Report of the Indian Hemp Drugs Commission, 1894-1895 - Volume II
Year: 1894
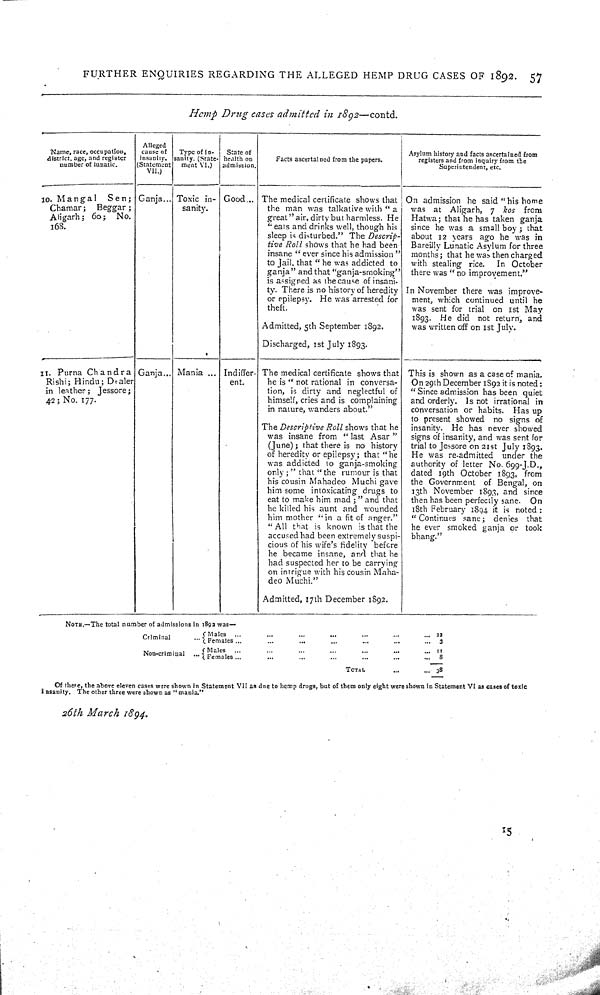
FURTHER ENQUIRIES REGARDING THE ALLEGED HEMP DRUG CASES OF 1892.
57
Hemp
Drug
cases
admitted
in 1892—contd.
Name, race, occupation,
district, age, and register
number of lunatic.
Alleged
cause of
insanity.
(Statement
VII.)
Type of in-
sanity. (State-
ment VI.)
State of
health on
admission.
Facts ascertained from the papers.
Asylum history and facts ascertained from
registers and from inquiry from the
Superintendent, etc.
Name, race, occupation,
district, age, and register
number of lunatic.
Alleged
cause of
insanity.
(Statement
VII.)
Type of in-
sanity. (State-
ment VI.)
State of
health on
admission.
Facts ascertained from the papers.
Asylum history and facts ascertained from
registers and from inquiry from the
Superintendent, etc.
Name, race, occupation,
district, age, and register
number of lunatic.
Alleged
cause of
insanity.
(Statement
VII.)
Type of in-
sanity. (State-
ment VI.)
State of
health on
admission.
Facts ascertained from the papers.
Asylum history and facts ascertained from
registers and from inquiry from the
Superintendent, etc.
Name, race, occupation,
district, age, and register
number of lunatic.
Alleged
cause of
insanity.
(Statement
VII.)
Type of in-
sanity. (State-
ment VI.)
State of
health on
admission.
Facts ascertained from the papers.
Asylum history and facts ascertained from
registers and from inquiry from the
Superintendent, etc.
10. Mangal
Sen;
Chamar;
Beggar;
Aligarh; 60;
No.
168.
Ganja
Toxic in-
sanity.
Good
The medical certificate shows that
the man was talkative with "a
great " air, dirty but harmless. He
"eats and drinks well, though his
sleep is disturbed." The
Descrip-
tive Roll shows that he had been
insane "ever since his admission"
to Jail, that "he was addicted to
ganja" and that "ganja-smoking"
is assigned as the cause of insani-
ty. There is no history of heredity
or epilepsy. He was "arrested for
theft.
Admitted, 5th September 1892.
Discharged, 1st July 1893.
On admission he said "his home
was
at
Aligarh, 7
kos
from
Hatwa; that he has taken ganja
since he was a small boy; that
about 12 years ago he was in
Bareilly Lunatic Asylum for three
months; that he was then charged
with stealing rice.
In
October
there was "no improvement."
In November there was improve-
ment, which continued until he
was sent for trial
on 1st May
1893.
He did
not return, and
was written off on 1st July.
10. Mangal
Sen;
Chamar;
Beggar;
Aligarh; 60;
No.
168.
Ganja
Toxic in-
sanity.
Good
The medical certificate shows that
the man was talkative with "a
great " air, dirty but harmless. He
"eats and drinks well, though his
sleep is disturbed." The
Descrip-
tive Roll shows that he had been
insane "ever since his admission"
to Jail, that "he was addicted to
ganja" and that "ganja-smoking"
is assigned as the cause of insani-
ty. There is no history of heredity
or epilepsy. He was "arrested for
theft.
Admitted, 5th September 1892.
Discharged, 1st July 1893.
On admission he said "his home
was
at
Aligarh, 7
kos
from
Hatwa; that he has taken ganja
since he was a small boy; that
about 12 years ago he was in
Bareilly Lunatic Asylum for three
months; that he was then charged
with stealing rice.
In
October
there was "no improvement."
In November there was improve-
ment, which continued until he
was sent for trial
on 1st May
1893.
He did
not return, and
was written off on 1st July.
10. Mangal
Sen;
Chamar;
Beggar;
Aligarh; 60;
No.
168.
Ganja
Toxic in-
sanity.
Good
The medical certificate shows that
the man was talkative with "a
great " air, dirty but harmless. He
"eats and drinks well, though his
sleep is disturbed." The
Descrip-
tive Roll shows that he had been
insane "ever since his admission"
to Jail, that "he was addicted to
ganja" and that "ganja-smoking"
is assigned as the cause of insani-
ty. There is no history of heredity
or epilepsy. He was "arrested for
theft.
Admitted, 5th September 1892.
Discharged, 1st July 1893.
On admission he said "his home
was
at
Aligarh, 7
kos
from
Hatwa; that he has taken ganja
since he was a small boy; that
about 12 years ago he was in
Bareilly Lunatic Asylum for three
months; that he was then charged
with stealing rice.
In
October
there was "no improvement."
In November there was improve-
ment, which continued until he
was sent for trial
on 1st May
1893.
He did
not return, and
was written off on 1st July.
10. Mangal
Sen;
Chamar;
Beggar;
Aligarh; 60;
No.
168.
Ganja
Toxic in-
sanity.
Good
The medical certificate shows that
the man was talkative with "a
great " air, dirty but harmless. He
"eats and drinks well, though his
sleep is disturbed." The
Descrip-
tive Roll shows that he had been
insane "ever since his admission"
to Jail, that "he was addicted to
ganja" and that "ganja-smoking"
is assigned as the cause of insani-
ty. There is no history of heredity
or epilepsy. He was "arrested for
theft.
Admitted, 5th September 1892.
Discharged, 1st July 1893.
On admission he said "his home
was
at
Aligarh, 7
kos
from
Hatwa; that he has taken ganja
since he was a small boy; that
about 12 years ago he was in
Bareilly Lunatic Asylum for three
months; that he was then charged
with stealing rice.
In
October
there was "no improvement."
In November there was improve-
ment, which continued until he
was sent for trial
on 1st May
1893.
He did
not return, and
was written off on 1st July.
10. Mangal
Sen;
Chamar;
Beggar;
Aligarh; 60;
No.
168.
Ganja
Toxic in-
sanity.
Good
The medical certificate shows that
the man was talkative with "a
great " air, dirty but harmless. He
"eats and drinks well, though his
sleep is disturbed." The
Descrip-
tive Roll shows that he had been
insane "ever since his admission"
to Jail, that "he was addicted to
ganja" and that "ganja-smoking"
is assigned as the cause of insani-
ty. There is no history of heredity
or epilepsy. He was "arrested for
theft.
Admitted, 5th September 1892.
Discharged, 1st July 1893.
On admission he said "his home
was
at
Aligarh, 7
kos
from
Hatwa; that he has taken ganja
since he was a small boy; that
about 12 years ago he was in
Bareilly Lunatic Asylum for three
months; that he was then charged
with stealing rice.
In
October
there was "no improvement."
In November there was improve-
ment, which continued until he
was sent for trial
on 1st May
1893.
He did
not return, and
was written off on 1st July.
10. Mangal
Sen;
Chamar;
Beggar;
Aligarh; 60;
No.
168.
Ganja
Toxic in-
sanity.
Good
The medical certificate shows that
the man was talkative with "a
great " air, dirty but harmless. He
"eats and drinks well, though his
sleep is disturbed." The
Descrip-
tive Roll shows that he had been
insane "ever since his admission"
to Jail, that "he was addicted to
ganja" and that "ganja-smoking"
is assigned as the cause of insani-
ty. There is no history of heredity
or epilepsy. He was "arrested for
theft.
Admitted, 5th September 1892.
Discharged, 1st July 1893.
On admission he said "his home
was
at
Aligarh, 7
kos
from
Hatwa; that he has taken ganja
since he was a small boy; that
about 12 years ago he was in
Bareilly Lunatic Asylum for three
months; that he was then charged
with stealing rice.
In
October
there was "no improvement."
In November there was improve-
ment, which continued until he
was sent for trial
on 1st May
1893.
He did
not return, and
was written off on 1st July.
10. Mangal
Sen;
Chamar;
Beggar;
Aligarh; 60;
No.
168.
Ganja
Toxic in-
sanity.
Good
The medical certificate shows that
the man was talkative with "a
great " air, dirty but harmless. He
"eats and drinks well, though his
sleep is disturbed." The
Descrip-
tive Roll shows that he had been
insane "ever since his admission"
to Jail, that "he was addicted to
ganja" and that "ganja-smoking"
is assigned as the cause of insani-
ty. There is no history of heredity
or epilepsy. He was "arrested for
theft.
Admitted, 5th September 1892.
Discharged, 1st July 1893.
On admission he said "his home
was
at
Aligarh, 7
kos
from
Hatwa; that he has taken ganja
since he was a small boy; that
about 12 years ago he was in
Bareilly Lunatic Asylum for three
months; that he was then charged
with stealing rice.
In
October
there was "no improvement."
In November there was improve-
ment, which continued until he
was sent for trial
on 1st May
1893.
He did
not return, and
was written off on 1st July.
10. Mangal
Sen;
Chamar;
Beggar;
Aligarh; 60;
No.
168.
Ganja
Toxic in-
sanity.
Good
The medical certificate shows that
the man was talkative with "a
great " air, dirty but harmless. He
"eats and drinks well, though his
sleep is disturbed." The
Descrip-
tive Roll shows that he had been
insane "ever since his admission"
to Jail, that "he was addicted to
ganja" and that "ganja-smoking"
is assigned as the cause of insani-
ty. There is no history of heredity
or epilepsy. He was "arrested for
theft.
Admitted, 5th September 1892.
Discharged, 1st July 1893.
On admission he said "his home
was
at
Aligarh, 7
kos
from
Hatwa; that he has taken ganja
since he was a small boy; that
about 12 years ago he was in
Bareilly Lunatic Asylum for three
months; that he was then charged
with stealing rice.
In
October
there was "no improvement."
In November there was improve-
ment, which continued until he
was sent for trial
on 1st May
1893.
He did
not return, and
was written off on 1st July.
10. Mangal
Sen;
Chamar;
Beggar;
Aligarh; 60;
No.
168.
Ganja
Toxic in-
sanity.
Good
The medical certificate shows that
the man was talkative with "a
great " air, dirty but harmless. He
"eats and drinks well, though his
sleep is disturbed." The
Descrip-
tive Roll shows that he had been
insane "ever since his admission"
to Jail, that "he was addicted to
ganja" and that "ganja-smoking"
is assigned as the cause of insani-
ty. There is no history of heredity
or epilepsy. He was "arrested for
theft.
Admitted, 5th September 1892.
Discharged, 1st July 1893.
On admission he said "his home
was
at
Aligarh, 7
kos
from
Hatwa; that he has taken ganja
since he was a small boy; that
about 12 years ago he was in
Bareilly Lunatic Asylum for three
months; that he was then charged
with stealing rice.
In
October
there was "no improvement."
In November there was improve-
ment, which continued until he
was sent for trial
on 1st May
1893.
He did
not return, and
was written off on 1st July.
10. Mangal
Sen;
Chamar;
Beggar;
Aligarh; 60;
No.
168.
Ganja
Toxic in-
sanity.
Good
The medical certificate shows that
the man was talkative with "a
great " air, dirty but harmless. He
"eats and drinks well, though his
sleep is disturbed." The
Descrip-
tive Roll shows that he had been
insane "ever since his admission"
to Jail, that "he was addicted to
ganja" and that "ganja-smoking"
is assigned as the cause of insani-
ty. There is no history of heredity
or epilepsy. He was "arrested for
theft.
Admitted, 5th September 1892.
Discharged, 1st July 1893.
On admission he said "his home
was
at
Aligarh, 7
kos
from
Hatwa; that he has taken ganja
since he was a small boy; that
about 12 years ago he was in
Bareilly Lunatic Asylum for three
months; that he was then charged
with stealing rice.
In
October
there was "no improvement."
In November there was improve-
ment, which continued until he
was sent for trial
on 1st May
1893.
He did
not return, and
was written off on 1st July.
10. Mangal
Sen;
Chamar;
Beggar;
Aligarh; 60;
No.
168.
Ganja
Toxic in-
sanity.
Good
The medical certificate shows that
the man was talkative with "a
great " air, dirty but harmless. He
"eats and drinks well, though his
sleep is disturbed." The
Descrip-
tive Roll shows that he had been
insane "ever since his admission"
to Jail, that "he was addicted to
ganja" and that "ganja-smoking"
is assigned as the cause of insani-
ty. There is no history of heredity
or epilepsy. He was "arrested for
theft.
Admitted, 5th September 1892.
Discharged, 1st July 1893.
On admission he said "his home
was
at
Aligarh, 7
kos
from
Hatwa; that he has taken ganja
since he was a small boy; that
about 12 years ago he was in
Bareilly Lunatic Asylum for three
months; that he was then charged
with stealing rice.
In
October
there was "no improvement."
In November there was improve-
ment, which continued until he
was sent for trial
on 1st May
1893.
He did
not return, and
was written off on 1st July.
10. Mangal
Sen;
Chamar;
Beggar;
Aligarh; 60;
No.
168.
Ganja
Toxic in-
sanity.
Good
The medical certificate shows that
the man was talkative with "a
great " air, dirty but harmless. He
"eats and drinks well, though his
sleep is disturbed." The
Descrip-
tive Roll shows that he had been
insane "ever since his admission"
to Jail, that "he was addicted to
ganja" and that "ganja-smoking"
is assigned as the cause of insani-
ty. There is no history of heredity
or epilepsy. He was "arrested for
theft.
Admitted, 5th September 1892.
Discharged, 1st July 1893.
On admission he said "his home
was
at
Aligarh, 7
kos
from
Hatwa; that he has taken ganja
since he was a small boy; that
about 12 years ago he was in
Bareilly Lunatic Asylum for three
months; that he was then charged
with stealing rice.
In
October
there was "no improvement."
In November there was improve-
ment, which continued until he
was sent for trial
on 1st May
1893.
He did
not return, and
was written off on 1st July.
10. Mangal
Sen;
Chamar;
Beggar;
Aligarh; 60;
No.
168.
Ganja
Toxic in-
sanity.
Good
The medical certificate shows that
the man was talkative with "a
great " air, dirty but harmless. He
"eats and drinks well, though his
sleep is disturbed." The
Descrip-
tive Roll shows that he had been
insane "ever since his admission"
to Jail, that "he was addicted to
ganja" and that "ganja-smoking"
is assigned as the cause of insani-
ty. There is no history of heredity
or epilepsy. He was "arrested for
theft.
Admitted, 5th September 1892.
Discharged, 1st July 1893.
On admission he said "his home
was
at
Aligarh, 7
kos
from
Hatwa; that he has taken ganja
since he was a small boy; that
about 12 years ago he was in
Bareilly Lunatic Asylum for three
months; that he was then charged
with stealing rice.
In
October
there was "no improvement."
In November there was improve-
ment, which continued until he
was sent for trial
on 1st May
1893.
He did
not return, and
was written off on 1st July.
10. Mangal
Sen;
Chamar;
Beggar;
Aligarh; 60;
No.
168.
Ganja
Toxic in-
sanity.
Good
The medical certificate shows that
the man was talkative with "a
great " air, dirty but harmless. He
"eats and drinks well, though his
sleep is disturbed." The
Descrip-
tive Roll shows that he had been
insane "ever since his admission"
to Jail, that "he was addicted to
ganja" and that "ganja-smoking"
is assigned as the cause of insani-
ty. There is no history of heredity
or epilepsy. He was "arrested for
theft.
Admitted, 5th September 1892.
Discharged, 1st July 1893.
On admission he said "his home
was
at
Aligarh, 7
kos
from
Hatwa; that he has taken ganja
since he was a small boy; that
about 12 years ago he was in
Bareilly Lunatic Asylum for three
months; that he was then charged
with stealing rice.
In
October
there was "no improvement."
In November there was improve-
ment, which continued until he
was sent for trial
on 1st May
1893.
He did
not return, and
was written off on 1st July.
10. Mangal
Sen;
Chamar;
Beggar;
Aligarh; 60;
No.
168.
Ganja
Toxic in-
sanity.
Good
The medical certificate shows that
the man was talkative with "a
great " air, dirty but harmless. He
"eats and drinks well, though his
sleep is disturbed." The
Descrip-
tive Roll shows that he had been
insane "ever since his admission"
to Jail, that "he was addicted to
ganja" and that "ganja-smoking"
is assigned as the cause of insani-
ty. There is no history of heredity
or epilepsy. He was "arrested for
theft.
Admitted, 5th September 1892.
Discharged, 1st July 1893.
On admission he said "his home
was
at
Aligarh, 7
kos
from
Hatwa; that he has taken ganja
since he was a small boy; that
about 12 years ago he was in
Bareilly Lunatic Asylum for three
months; that he was then charged
with stealing rice.
In
October
there was "no improvement."
In November there was improve-
ment, which continued until he
was sent for trial
on 1st May
1893.
He did
not return, and
was written off on 1st July.
10. Mangal
Sen;
Chamar;
Beggar;
Aligarh; 60;
No.
168.
Ganja
Toxic in-
sanity.
Good
The medical certificate shows that
the man was talkative with "a
great " air, dirty but harmless. He
"eats and drinks well, though his
sleep is disturbed." The
Descrip-
tive Roll shows that he had been
insane "ever since his admission"
to Jail, that "he was addicted to
ganja" and that "ganja-smoking"
is assigned as the cause of insani-
ty. There is no history of heredity
or epilepsy. He was "arrested for
theft.
Admitted, 5th September 1892.
Discharged, 1st July 1893.
On admission he said "his home
was
at
Aligarh, 7
kos
from
Hatwa; that he has taken ganja
since he was a small boy; that
about 12 years ago he was in
Bareilly Lunatic Asylum for three
months; that he was then charged
with stealing rice.
In
October
there was "no improvement."
In November there was improve-
ment, which continued until he
was sent for trial
on 1st May
1893.
He did
not return, and
was written off on 1st July.
11. Purna
Chandra
Rishi; Hindu; Dealer
in leather;
Jessore;
42; No. 177.
Ganja
Mania
Indiffer-
ent.
The medical certificate shows that
he is "not rational in conversa-
tion, is dirty and neglectful of
himself, cries and is complaining
in nature, wanders about."
The Descriptive
Roll shows that he
was insane from "last
Asar"
(June); that there is no history
of heredity or epilepsy; that "he
was addicted to ganja-smoking
only;" that "the rumour is that
his cousin Mahadeo Muchi gave
him some intoxicating drugs to
eat to make him mad;" and that
he killed his aunt and
wounded
him mother "in a fit of anger."
"All that is known is that the
accused had been extremely suspi-
cious of his wife's fidelity before
he became insane, and that he
had suspected her to be carrying
on intrigue with his cousin Maha-
deo Muchi."
Admitted, 17th December 1892.
This is shown as a case of mania.
On 29th December 1892 it is noted:
"Since admission has been quiet
and orderly.
Is not irrational in
conversation or habits.
Has up
to present showed
no signs of
insanity.
He has never showed
signs of insanity, and was sent for
trial to Jessore on 21st July 1893.
He was re-admitted
under the
authority of letter No. 699-J.D.,
dated 19th October 1893, from
the Government
of Bengal, on
13th November 1893, and since
then has been perfectly sane.
On
18th February 1894 it is noted:
"Continues sane;
denies
that
he ever smoked ganja or
took
bhang."
11. Purna
Chandra
Rishi; Hindu; Dealer
in leather;
Jessore;
42; No. 177.
Ganja
Mania
Indiffer-
ent.
The medical certificate shows that
he is "not rational in conversa-
tion, is dirty and neglectful of
himself, cries and is complaining
in nature, wanders about."
The Descriptive
Roll shows that he
was insane from "last
Asar"
(June); that there is no history
of heredity or epilepsy; that "he
was addicted to ganja-smoking
only;" that "the rumour is that
his cousin Mahadeo Muchi gave
him some intoxicating drugs to
eat to make him mad;" and that
he killed his aunt and
wounded
him mother "in a fit of anger."
"All that is known is that the
accused had been extremely suspi-
cious of his wife's fidelity before
he became insane, and that he
had suspected her to be carrying
on intrigue with his cousin Maha-
deo Muchi."
Admitted, 17th December 1892.
This is shown as a case of mania.
On 29th December 1892 it is noted:
"Since admission has been quiet
and orderly.
Is not irrational in
conversation or habits.
Has up
to present showed
no signs of
insanity.
He has never showed
signs of insanity, and was sent for
trial to Jessore on 21st July 1893.
He was re-admitted
under the
authority of letter No. 699-J.D.,
dated 19th October 1893, from
the Government
of Bengal, on
13th November 1893, and since
then has been perfectly sane.
On
18th February 1894 it is noted:
"Continues sane;
denies
that
he ever smoked ganja or
took
bhang."
11. Purna
Chandra
Rishi; Hindu; Dealer
in leather;
Jessore;
42; No. 177.
Ganja
Mania
Indiffer-
ent.
The medical certificate shows that
he is "not rational in conversa-
tion, is dirty and neglectful of
himself, cries and is complaining
in nature, wanders about."
The Descriptive
Roll shows that he
was insane from "last
Asar"
(June); that there is no history
of heredity or epilepsy; that "he
was addicted to ganja-smoking
only;" that "the rumour is that
his cousin Mahadeo Muchi gave
him some intoxicating drugs to
eat to make him mad;" and that
he killed his aunt and
wounded
him mother "in a fit of anger."
"All that is known is that the
accused had been extremely suspi-
cious of his wife's fidelity before
he became insane, and that he
had suspected her to be carrying
on intrigue with his cousin Maha-
deo Muchi."
Admitted, 17th December 1892.
This is shown as a case of mania.
On 29th December 1892 it is noted:
"Since admission has been quiet
and orderly.
Is not irrational in
conversation or habits.
Has up
to present showed
no signs of
insanity.
He has never showed
signs of insanity, and was sent for
trial to Jessore on 21st July 1893.
He was re-admitted
under the
authority of letter No. 699-J.D.,
dated 19th October 1893, from
the Government
of Bengal, on
13th November 1893, and since
then has been perfectly sane.
On
18th February 1894 it is noted:
"Continues sane;
denies
that
he ever smoked ganja or
took
bhang."
11. Purna
Chandra
Rishi; Hindu; Dealer
in leather;
Jessore;
42; No. 177.
Ganja
Mania
Indiffer-
ent.
The medical certificate shows that
he is "not rational in conversa-
tion, is dirty and neglectful of
himself, cries and is complaining
in nature, wanders about."
The Descriptive
Roll shows that he
was insane from "last
Asar"
(June); that there is no history
of heredity or epilepsy; that "he
was addicted to ganja-smoking
only;" that "the rumour is that
his cousin Mahadeo Muchi gave
him some intoxicating drugs to
eat to make him mad;" and that
he killed his aunt and
wounded
him mother "in a fit of anger."
"All that is known is that the
accused had been extremely suspi-
cious of his wife's fidelity before
he became insane, and that he
had suspected her to be carrying
on intrigue with his cousin Maha-
deo Muchi."
Admitted, 17th December 1892.
This is shown as a case of mania.
On 29th December 1892 it is noted:
"Since admission has been quiet
and orderly.
Is not irrational in
conversation or habits.
Has up
to present showed
no signs of
insanity.
He has never showed
signs of insanity, and was sent for
trial to Jessore on 21st July 1893.
He was re-admitted
under the
authority of letter No. 699-J.D.,
dated 19th October 1893, from
the Government
of Bengal, on
13th November 1893, and since
then has been perfectly sane.
On
18th February 1894 it is noted:
"Continues sane;
denies
that
he ever smoked ganja or
took
bhang."
11. Purna
Chandra
Rishi; Hindu; Dealer
in leather;
Jessore;
42; No. 177.
Ganja
Mania
Indiffer-
ent.
The medical certificate shows that
he is "not rational in conversa-
tion, is dirty and neglectful of
himself, cries and is complaining
in nature, wanders about."
The Descriptive
Roll shows that he
was insane from "last
Asar"
(June); that there is no history
of heredity or epilepsy; that "he
was addicted to ganja-smoking
only;" that "the rumour is that
his cousin Mahadeo Muchi gave
him some intoxicating drugs to
eat to make him mad;" and that
he killed his aunt and
wounded
him mother "in a fit of anger."
"All that is known is that the
accused had been extremely suspi-
cious of his wife's fidelity before
he became insane, and that he
had suspected her to be carrying
on intrigue with his cousin Maha-
deo Muchi."
Admitted, 17th December 1892.
This is shown as a case of mania.
On 29th December 1892 it is noted:
"Since admission has been quiet
and orderly.
Is not irrational in
conversation or habits.
Has up
to present showed
no signs of
insanity.
He has never showed
signs of insanity, and was sent for
trial to Jessore on 21st July 1893.
He was re-admitted
under the
authority of letter No. 699-J.D.,
dated 19th October 1893, from
the Government
of Bengal, on
13th November 1893, and since
then has been perfectly sane.
On
18th February 1894 it is noted:
"Continues sane;
denies
that
he ever smoked ganja or
took
bhang."
11. Purna
Chandra
Rishi; Hindu; Dealer
in leather;
Jessore;
42; No. 177.
Ganja
Mania
Indiffer-
ent.
The medical certificate shows that
he is "not rational in conversa-
tion, is dirty and neglectful of
himself, cries and is complaining
in nature, wanders about."
The Descriptive
Roll shows that he
was insane from "last
Asar"
(June); that there is no history
of heredity or epilepsy; that "he
was addicted to ganja-smoking
only;" that "the rumour is that
his cousin Mahadeo Muchi gave
him some intoxicating drugs to
eat to make him mad;" and that
he killed his aunt and
wounded
him mother "in a fit of anger."
"All that is known is that the
accused had been extremely suspi-
cious of his wife's fidelity before
he became insane, and that he
had suspected her to be carrying
on intrigue with his cousin Maha-
deo Muchi."
Admitted, 17th December 1892.
This is shown as a case of mania.
On 29th December 1892 it is noted:
"Since admission has been quiet
and orderly.
Is not irrational in
conversation or habits.
Has up
to present showed
no signs of
insanity.
He has never showed
signs of insanity, and was sent for
trial to Jessore on 21st July 1893.
He was re-admitted
under the
authority of letter No. 699-J.D.,
dated 19th October 1893, from
the Government
of Bengal, on
13th November 1893, and since
then has been perfectly sane.
On
18th February 1894 it is noted:
"Continues sane;
denies
that
he ever smoked ganja or
took
bhang."
11. Purna
Chandra
Rishi; Hindu; Dealer
in leather;
Jessore;
42; No. 177.
Ganja
Mania
Indiffer-
ent.
The medical certificate shows that
he is "not rational in conversa-
tion, is dirty and neglectful of
himself, cries and is complaining
in nature, wanders about."
The Descriptive
Roll shows that he
was insane from "last
Asar"
(June); that there is no history
of heredity or epilepsy; that "he
was addicted to ganja-smoking
only;" that "the rumour is that
his cousin Mahadeo Muchi gave
him some intoxicating drugs to
eat to make him mad;" and that
he killed his aunt and
wounded
him mother "in a fit of anger."
"All that is known is that the
accused had been extremely suspi-
cious of his wife's fidelity before
he became insane, and that he
had suspected her to be carrying
on intrigue with his cousin Maha-
deo Muchi."
Admitted, 17th December 1892.
This is shown as a case of mania.
On 29th December 1892 it is noted:
"Since admission has been quiet
and orderly.
Is not irrational in
conversation or habits.
Has up
to present showed
no signs of
insanity.
He has never showed
signs of insanity, and was sent for
trial to Jessore on 21st July 1893.
He was re-admitted
under the
authority of letter No. 699-J.D.,
dated 19th October 1893, from
the Government
of Bengal, on
13th November 1893, and since
then has been perfectly sane.
On
18th February 1894 it is noted:
"Continues sane;
denies
that
he ever smoked ganja or
took
bhang."
11. Purna
Chandra
Rishi; Hindu; Dealer
in leather;
Jessore;
42; No. 177.
Ganja
Mania
Indiffer-
ent.
The medical certificate shows that
he is "not rational in conversa-
tion, is dirty and neglectful of
himself, cries and is complaining
in nature, wanders about."
The Descriptive
Roll shows that he
was insane from "last
Asar"
(June); that there is no history
of heredity or epilepsy; that "he
was addicted to ganja-smoking
only;" that "the rumour is that
his cousin Mahadeo Muchi gave
him some intoxicating drugs to
eat to make him mad;" and that
he killed his aunt and
wounded
him mother "in a fit of anger."
"All that is known is that the
accused had been extremely suspi-
cious of his wife's fidelity before
he became insane, and that he
had suspected her to be carrying
on intrigue with his cousin Maha-
deo Muchi."
Admitted, 17th December 1892.
This is shown as a case of mania.
On 29th December 1892 it is noted:
"Since admission has been quiet
and orderly.
Is not irrational in
conversation or habits.
Has up
to present showed
no signs of
insanity.
He has never showed
signs of insanity, and was sent for
trial to Jessore on 21st July 1893.
He was re-admitted
under the
authority of letter No. 699-J.D.,
dated 19th October 1893, from
the Government
of Bengal, on
13th November 1893, and since
then has been perfectly sane.
On
18th February 1894 it is noted:
"Continues sane;
denies
that
he ever smoked ganja or
took
bhang."
11. Purna
Chandra
Rishi; Hindu; Dealer
in leather;
Jessore;
42; No. 177.
Ganja
Mania
Indiffer-
ent.
The medical certificate shows that
he is "not rational in conversa-
tion, is dirty and neglectful of
himself, cries and is complaining
in nature, wanders about."
The Descriptive
Roll shows that he
was insane from "last
Asar"
(June); that there is no history
of heredity or epilepsy; that "he
was addicted to ganja-smoking
only;" that "the rumour is that
his cousin Mahadeo Muchi gave
him some intoxicating drugs to
eat to make him mad;" and that
he killed his aunt and
wounded
him mother "in a fit of anger."
"All that is known is that the
accused had been extremely suspi-
cious of his wife's fidelity before
he became insane, and that he
had suspected her to be carrying
on intrigue with his cousin Maha-
deo Muchi."
Admitted, 17th December 1892.
This is shown as a case of mania.
On 29th December 1892 it is noted:
"Since admission has been quiet
and orderly.
Is not irrational in
conversation or habits.
Has up
to present showed
no signs of
insanity.
He has never showed
signs of insanity, and was sent for
trial to Jessore on 21st July 1893.
He was re-admitted
under the
authority of letter No. 699-J.D.,
dated 19th October 1893, from
the Government
of Bengal, on
13th November 1893, and since
then has been perfectly sane.
On
18th February 1894 it is noted:
"Continues sane;
denies
that
he ever smoked ganja or
took
bhang."
11. Purna
Chandra
Rishi; Hindu; Dealer
in leather;
Jessore;
42; No. 177.
Ganja
Mania
Indiffer-
ent.
The medical certificate shows that
he is "not rational in conversa-
tion, is dirty and neglectful of
himself, cries and is complaining
in nature, wanders about."
The Descriptive
Roll shows that he
was insane from "last
Asar"
(June); that there is no history
of heredity or epilepsy; that "he
was addicted to ganja-smoking
only;" that "the rumour is that
his cousin Mahadeo Muchi gave
him some intoxicating drugs to
eat to make him mad;" and that
he killed his aunt and
wounded
him mother "in a fit of anger."
"All that is known is that the
accused had been extremely suspi-
cious of his wife's fidelity before
he became insane, and that he
had suspected her to be carrying
on intrigue with his cousin Maha-
deo Muchi."
Admitted, 17th December 1892.
This is shown as a case of mania.
On 29th December 1892 it is noted:
"Since admission has been quiet
and orderly.
Is not irrational in
conversation or habits.
Has up
to present showed
no signs of
insanity.
He has never showed
signs of insanity, and was sent for
trial to Jessore on 21st July 1893.
He was re-admitted
under the
authority of letter No. 699-J.D.,
dated 19th October 1893, from
the Government
of Bengal, on
13th November 1893, and since
then has been perfectly sane.
On
18th February 1894 it is noted:
"Continues sane;
denies
that
he ever smoked ganja or
took
bhang."
11. Purna
Chandra
Rishi; Hindu; Dealer
in leather;
Jessore;
42; No. 177.
Ganja
Mania
Indiffer-
ent.
The medical certificate shows that
he is "not rational in conversa-
tion, is dirty and neglectful of
himself, cries and is complaining
in nature, wanders about."
The Descriptive
Roll shows that he
was insane from "last
Asar"
(June); that there is no history
of heredity or epilepsy; that "he
was addicted to ganja-smoking
only;" that "the rumour is that
his cousin Mahadeo Muchi gave
him some intoxicating drugs to
eat to make him mad;" and that
he killed his aunt and
wounded
him mother "in a fit of anger."
"All that is known is that the
accused had been extremely suspi-
cious of his wife's fidelity before
he became insane, and that he
had suspected her to be carrying
on intrigue with his cousin Maha-
deo Muchi."
Admitted, 17th December 1892.
This is shown as a case of mania.
On 29th December 1892 it is noted:
"Since admission has been quiet
and orderly.
Is not irrational in
conversation or habits.
Has up
to present showed
no signs of
insanity.
He has never showed
signs of insanity, and was sent for
trial to Jessore on 21st July 1893.
He was re-admitted
under the
authority of letter No. 699-J.D.,
dated 19th October 1893, from
the Government
of Bengal, on
13th November 1893, and since
then has been perfectly sane.
On
18th February 1894 it is noted:
"Continues sane;
denies
that
he ever smoked ganja or
took
bhang."
11. Purna
Chandra
Rishi; Hindu; Dealer
in leather;
Jessore;
42; No. 177.
Ganja
Mania
Indiffer-
ent.
The medical certificate shows that
he is "not rational in conversa-
tion, is dirty and neglectful of
himself, cries and is complaining
in nature, wanders about."
The Descriptive
Roll shows that he
was insane from "last
Asar"
(June); that there is no history
of heredity or epilepsy; that "he
was addicted to ganja-smoking
only;" that "the rumour is that
his cousin Mahadeo Muchi gave
him some intoxicating drugs to
eat to make him mad;" and that
he killed his aunt and
wounded
him mother "in a fit of anger."
"All that is known is that the
accused had been extremely suspi-
cious of his wife's fidelity before
he became insane, and that he
had suspected her to be carrying
on intrigue with his cousin Maha-
deo Muchi."
Admitted, 17th December 1892.
This is shown as a case of mania.
On 29th December 1892 it is noted:
"Since admission has been quiet
and orderly.
Is not irrational in
conversation or habits.
Has up
to present showed
no signs of
insanity.
He has never showed
signs of insanity, and was sent for
trial to Jessore on 21st July 1893.
He was re-admitted
under the
authority of letter No. 699-J.D.,
dated 19th October 1893, from
the Government
of Bengal, on
13th November 1893, and since
then has been perfectly sane.
On
18th February 1894 it is noted:
"Continues sane;
denies
that
he ever smoked ganja or
took
bhang."
11. Purna
Chandra
Rishi; Hindu; Dealer
in leather;
Jessore;
42; No. 177.
Ganja
Mania
Indiffer-
ent.
The medical certificate shows that
he is "not rational in conversa-
tion, is dirty and neglectful of
himself, cries and is complaining
in nature, wanders about."
The Descriptive
Roll shows that he
was insane from "last
Asar"
(June); that there is no history
of heredity or epilepsy; that "he
was addicted to ganja-smoking
only;" that "the rumour is that
his cousin Mahadeo Muchi gave
him some intoxicating drugs to
eat to make him mad;" and that
he killed his aunt and
wounded
him mother "in a fit of anger."
"All that is known is that the
accused had been extremely suspi-
cious of his wife's fidelity before
he became insane, and that he
had suspected her to be carrying
on intrigue with his cousin Maha-
deo Muchi."
Admitted, 17th December 1892.
This is shown as a case of mania.
On 29th December 1892 it is noted:
"Since admission has been quiet
and orderly.
Is not irrational in
conversation or habits.
Has up
to present showed
no signs of
insanity.
He has never showed
signs of insanity, and was sent for
trial to Jessore on 21st July 1893.
He was re-admitted
under the
authority of letter No. 699-J.D.,
dated 19th October 1893, from
the Government
of Bengal, on
13th November 1893, and since
then has been perfectly sane.
On
18th February 1894 it is noted:
"Continues sane;
denies
that
he ever smoked ganja or
took
bhang."
11. Purna
Chandra
Rishi; Hindu; Dealer
in leather;
Jessore;
42; No. 177.
Ganja
Mania
Indiffer-
ent.
The medical certificate shows that
he is "not rational in conversa-
tion, is dirty and neglectful of
himself, cries and is complaining
in nature, wanders about."
The Descriptive
Roll shows that he
was insane from "last
Asar"
(June); that there is no history
of heredity or epilepsy; that "he
was addicted to ganja-smoking
only;" that "the rumour is that
his cousin Mahadeo Muchi gave
him some intoxicating drugs to
eat to make him mad;" and that
he killed his aunt and
wounded
him mother "in a fit of anger."
"All that is known is that the
accused had been extremely suspi-
cious of his wife's fidelity before
he became insane, and that he
had suspected her to be carrying
on intrigue with his cousin Maha-
deo Muchi."
Admitted, 17th December 1892.
This is shown as a case of mania.
On 29th December 1892 it is noted:
"Since admission has been quiet
and orderly.
Is not irrational in
conversation or habits.
Has up
to present showed
no signs of
insanity.
He has never showed
signs of insanity, and was sent for
trial to Jessore on 21st July 1893.
He was re-admitted
under the
authority of letter No. 699-J.D.,
dated 19th October 1893, from
the Government
of Bengal, on
13th November 1893, and since
then has been perfectly sane.
On
18th February 1894 it is noted:
"Continues sane;
denies
that
he ever smoked ganja or
took
bhang."
11. Purna
Chandra
Rishi; Hindu; Dealer
in leather;
Jessore;
42; No. 177.
Ganja
Mania
Indiffer-
ent.
The medical certificate shows that
he is "not rational in conversa-
tion, is dirty and neglectful of
himself, cries and is complaining
in nature, wanders about."
The Descriptive
Roll shows that he
was insane from "last
Asar"
(June); that there is no history
of heredity or epilepsy; that "he
was addicted to ganja-smoking
only;" that "the rumour is that
his cousin Mahadeo Muchi gave
him some intoxicating drugs to
eat to make him mad;" and that
he killed his aunt and
wounded
him mother "in a fit of anger."
"All that is known is that the
accused had been extremely suspi-
cious of his wife's fidelity before
he became insane, and that he
had suspected her to be carrying
on intrigue with his cousin Maha-
deo Muchi."
Admitted, 17th December 1892.
This is shown as a case of mania.
On 29th December 1892 it is noted:
"Since admission has been quiet
and orderly.
Is not irrational in
conversation or habits.
Has up
to present showed
no signs of
insanity.
He has never showed
signs of insanity, and was sent for
trial to Jessore on 21st July 1893.
He was re-admitted
under the
authority of letter No. 699-J.D.,
dated 19th October 1893, from
the Government
of Bengal, on
13th November 1893, and since
then has been perfectly sane.
On
18th February 1894 it is noted:
"Continues sane;
denies
that
he ever smoked ganja or
took
bhang."
11. Purna
Chandra
Rishi; Hindu; Dealer
in leather;
Jessore;
42; No. 177.
Ganja
Mania
Indiffer-
ent.
The medical certificate shows that
he is "not rational in conversa-
tion, is dirty and neglectful of
himself, cries and is complaining
in nature, wanders about."
The Descriptive
Roll shows that he
was insane from "last
Asar"
(June); that there is no history
of heredity or epilepsy; that "he
was addicted to ganja-smoking
only;" that "the rumour is that
his cousin Mahadeo Muchi gave
him some intoxicating drugs to
eat to make him mad;" and that
he killed his aunt and
wounded
him mother "in a fit of anger."
"All that is known is that the
accused had been extremely suspi-
cious of his wife's fidelity before
he became insane, and that he
had suspected her to be carrying
on intrigue with his cousin Maha-
deo Muchi."
Admitted, 17th December 1892.
This is shown as a case of mania.
On 29th December 1892 it is noted:
"Since admission has been quiet
and orderly.
Is not irrational in
conversation or habits.
Has up
to present showed
no signs of
insanity.
He has never showed
signs of insanity, and was sent for
trial to Jessore on 21st July 1893.
He was re-admitted
under the
authority of letter No. 699-J.D.,
dated 19th October 1893, from
the Government
of Bengal, on
13th November 1893, and since
then has been perfectly sane.
On
18th February 1894 it is noted:
"Continues sane;
denies
that
he ever smoked ganja or
took
bhang."
11. Purna
Chandra
Rishi; Hindu; Dealer
in leather;
Jessore;
42; No. 177.
Ganja
Mania
Indiffer-
ent.
The medical certificate shows that
he is "not rational in conversa-
tion, is dirty and neglectful of
himself, cries and is complaining
in nature, wanders about."
The Descriptive
Roll shows that he
was insane from "last
Asar"
(June); that there is no history
of heredity or epilepsy; that "he
was addicted to ganja-smoking
only;" that "the rumour is that
his cousin Mahadeo Muchi gave
him some intoxicating drugs to
eat to make him mad;" and that
he killed his aunt and
wounded
him mother "in a fit of anger."
"All that is known is that the
accused had been extremely suspi-
cious of his wife's fidelity before
he became insane, and that he
had suspected her to be carrying
on intrigue with his cousin Maha-
deo Muchi."
Admitted, 17th December 1892.
This is shown as a case of mania.
On 29th December 1892 it is noted:
"Since admission has been quiet
and orderly.
Is not irrational in
conversation or habits.
Has up
to present showed
no signs of
insanity.
He has never showed
signs of insanity, and was sent for
trial to Jessore on 21st July 1893.
He was re-admitted
under the
authority of letter No. 699-J.D.,
dated 19th October 1893, from
the Government
of Bengal, on
13th November 1893, and since
then has been perfectly sane.
On
18th February 1894 it is noted:
"Continues sane;
denies
that
he ever smoked ganja or
took
bhang."
11. Purna
Chandra
Rishi; Hindu; Dealer
in leather;
Jessore;
42; No. 177.
Ganja
Mania
Indiffer-
ent.
The medical certificate shows that
he is "not rational in conversa-
tion, is dirty and neglectful of
himself, cries and is complaining
in nature, wanders about."
The Descriptive
Roll shows that he
was insane from "last
Asar"
(June); that there is no history
of heredity or epilepsy; that "he
was addicted to ganja-smoking
only;" that "the rumour is that
his cousin Mahadeo Muchi gave
him some intoxicating drugs to
eat to make him mad;" and that
he killed his aunt and
wounded
him mother "in a fit of anger."
"All that is known is that the
accused had been extremely suspi-
cious of his wife's fidelity before
he became insane, and that he
had suspected her to be carrying
on intrigue with his cousin Maha-
deo Muchi."
Admitted, 17th December 1892.
This is shown as a case of mania.
On 29th December 1892 it is noted:
"Since admission has been quiet
and orderly.
Is not irrational in
conversation or habits.
Has up
to present showed
no signs of
insanity.
He has never showed
signs of insanity, and was sent for
trial to Jessore on 21st July 1893.
He was re-admitted
under the
authority of letter No. 699-J.D.,
dated 19th October 1893, from
the Government
of Bengal, on
13th November 1893, and since
then has been perfectly sane.
On
18th February 1894 it is noted:
"Continues sane;
denies
that
he ever smoked ganja or
took
bhang."
11. Purna
Chandra
Rishi; Hindu; Dealer
in leather;
Jessore;
42; No. 177.
Ganja
Mania
Indiffer-
ent.
The medical certificate shows that
he is "not rational in conversa-
tion, is dirty and neglectful of
himself, cries and is complaining
in nature, wanders about."
The Descriptive
Roll shows that he
was insane from "last
Asar"
(June); that there is no history
of heredity or epilepsy; that "he
was addicted to ganja-smoking
only;" that "the rumour is that
his cousin Mahadeo Muchi gave
him some intoxicating drugs to
eat to make him mad;" and that
he killed his aunt and
wounded
him mother "in a fit of anger."
"All that is known is that the
accused had been extremely suspi-
cious of his wife's fidelity before
he became insane, and that he
had suspected her to be carrying
on intrigue with his cousin Maha-
deo Muchi."
Admitted, 17th December 1892.
This is shown as a case of mania.
On 29th December 1892 it is noted:
"Since admission has been quiet
and orderly.
Is not irrational in
conversation or habits.
Has up
to present showed
no signs of
insanity.
He has never showed
signs of insanity, and was sent for
trial to Jessore on 21st July 1893.
He was re-admitted
under the
authority of letter No. 699-J.D.,
dated 19th October 1893, from
the Government
of Bengal, on
13th November 1893, and since
then has been perfectly sane.
On
18th February 1894 it is noted:
"Continues sane;
denies
that
he ever smoked ganja or
took
bhang."
11. Purna
Chandra
Rishi; Hindu; Dealer
in leather;
Jessore;
42; No. 177.
Ganja
Mania
Indiffer-
ent.
The medical certificate shows that
he is "not rational in conversa-
tion, is dirty and neglectful of
himself, cries and is complaining
in nature, wanders about."
The Descriptive
Roll shows that he
was insane from "last
Asar"
(June); that there is no history
of heredity or epilepsy; that "he
was addicted to ganja-smoking
only;" that "the rumour is that
his cousin Mahadeo Muchi gave
him some intoxicating drugs to
eat to make him mad;" and that
he killed his aunt and
wounded
him mother "in a fit of anger."
"All that is known is that the
accused had been extremely suspi-
cious of his wife's fidelity before
he became insane, and that he
had suspected her to be carrying
on intrigue with his cousin Maha-
deo Muchi."
Admitted, 17th December 1892.
This is shown as a case of mania.
On 29th December 1892 it is noted:
"Since admission has been quiet
and orderly.
Is not irrational in
conversation or habits.
Has up
to present showed
no signs of
insanity.
He has never showed
signs of insanity, and was sent for
trial to Jessore on 21st July 1893.
He was re-admitted
under the
authority of letter No. 699-J.D.,
dated 19th October 1893, from
the Government
of Bengal, on
13th November 1893, and since
then has been perfectly sane.
On
18th February 1894 it is noted:
"Continues sane;
denies
that
he ever smoked ganja or
took
bhang."
11. Purna
Chandra
Rishi; Hindu; Dealer
in leather;
Jessore;
42; No. 177.
Ganja
Mania
Indiffer-
ent.
The medical certificate shows that
he is "not rational in conversa-
tion, is dirty and neglectful of
himself, cries and is complaining
in nature, wanders about."
The Descriptive
Roll shows that he
was insane from "last
Asar"
(June); that there is no history
of heredity or epilepsy; that "he
was addicted to ganja-smoking
only;" that "the rumour is that
his cousin Mahadeo Muchi gave
him some intoxicating drugs to
eat to make him mad;" and that
he killed his aunt and
wounded
him mother "in a fit of anger."
"All that is known is that the
accused had been extremely suspi-
cious of his wife's fidelity before
he became insane, and that he
had suspected her to be carrying
on intrigue with his cousin Maha-
deo Muchi."
Admitted, 17th December 1892.
This is shown as a case of mania.
On 29th December 1892 it is noted:
"Since admission has been quiet
and orderly.
Is not irrational in
conversation or habits.
Has up
to present showed
no signs of
insanity.
He has never showed
signs of insanity, and was sent for
trial to Jessore on 21st July 1893.
He was re-admitted
under the
authority of letter No. 699-J.D.,
dated 19th October 1893, from
the Government
of Bengal, on
13th November 1893, and since
then has been perfectly sane.
On
18th February 1894 it is noted:
"Continues sane;
denies
that
he ever smoked ganja or
took
bhang."
11. Purna
Chandra
Rishi; Hindu; Dealer
in leather;
Jessore;
42; No. 177.
Ganja
Mania
Indiffer-
ent.
The medical certificate shows that
he is "not rational in conversa-
tion, is dirty and neglectful of
himself, cries and is complaining
in nature, wanders about."
The Descriptive
Roll shows that he
was insane from "last
Asar"
(June); that there is no history
of heredity or epilepsy; that "he
was addicted to ganja-smoking
only;" that "the rumour is that
his cousin Mahadeo Muchi gave
him some intoxicating drugs to
eat to make him mad;" and that
he killed his aunt and
wounded
him mother "in a fit of anger."
"All that is known is that the
accused had been extremely suspi-
cious of his wife's fidelity before
he became insane, and that he
had suspected her to be carrying
on intrigue with his cousin Maha-
deo Muchi."
Admitted, 17th December 1892.
This is shown as a case of mania.
On 29th December 1892 it is noted:
"Since admission has been quiet
and orderly.
Is not irrational in
conversation or habits.
Has up
to present showed
no signs of
insanity.
He has never showed
signs of insanity, and was sent for
trial to Jessore on 21st July 1893.
He was re-admitted
under the
authority of letter No. 699-J.D.,
dated 19th October 1893, from
the Government
of Bengal, on
13th November 1893, and since
then has been perfectly sane.
On
18th February 1894 it is noted:
"Continues sane;
denies
that
he ever smoked ganja or
took
bhang."
11. Purna
Chandra
Rishi; Hindu; Dealer
in leather;
Jessore;
42; No. 177.
Ganja
Mania
Indiffer-
ent.
The medical certificate shows that
he is "not rational in conversa-
tion, is dirty and neglectful of
himself, cries and is complaining
in nature, wanders about."
The Descriptive
Roll shows that he
was insane from "last
Asar"
(June); that there is no history
of heredity or epilepsy; that "he
was addicted to ganja-smoking
only;" that "the rumour is that
his cousin Mahadeo Muchi gave
him some intoxicating drugs to
eat to make him mad;" and that
he killed his aunt and
wounded
him mother "in a fit of anger."
"All that is known is that the
accused had been extremely suspi-
cious of his wife's fidelity before
he became insane, and that he
had suspected her to be carrying
on intrigue with his cousin Maha-
deo Muchi."
Admitted, 17th December 1892.
This is shown as a case of mania.
On 29th December 1892 it is noted:
"Since admission has been quiet
and orderly.
Is not irrational in
conversation or habits.
Has up
to present showed
no signs of
insanity.
He has never showed
signs of insanity, and was sent for
trial to Jessore on 21st July 1893.
He was re-admitted
under the
authority of letter No. 699-J.D.,
dated 19th October 1893, from
the Government
of Bengal, on
13th November 1893, and since
then has been perfectly sane.
On
18th February 1894 it is noted:
"Continues sane;
denies
that
he ever smoked ganja or
took
bhang."
11. Purna
Chandra
Rishi; Hindu; Dealer
in leather;
Jessore;
42; No. 177.
Ganja
Mania
Indiffer-
ent.
The medical certificate shows that
he is "not rational in conversa-
tion, is dirty and neglectful of
himself, cries and is complaining
in nature, wanders about."
The Descriptive
Roll shows that he
was insane from "last
Asar"
(June); that there is no history
of heredity or epilepsy; that "he
was addicted to ganja-smoking
only;" that "the rumour is that
his cousin Mahadeo Muchi gave
him some intoxicating drugs to
eat to make him mad;" and that
he killed his aunt and
wounded
him mother "in a fit of anger."
"All that is known is that the
accused had been extremely suspi-
cious of his wife's fidelity before
he became insane, and that he
had suspected her to be carrying
on intrigue with his cousin Maha-
deo Muchi."
Admitted, 17th December 1892.
This is shown as a case of mania.
On 29th December 1892 it is noted:
"Since admission has been quiet
and orderly.
Is not irrational in
conversation or habits.
Has up
to present showed
no signs of
insanity.
He has never showed
signs of insanity, and was sent for
trial to Jessore on 21st July 1893.
He was re-admitted
under the
authority of letter No. 699-J.D.,
dated 19th October 1893, from
the Government
of Bengal, on
13th November 1893, and since
then has been perfectly sane.
On
18th February 1894 it is noted:
"Continues sane;
denies
that
he ever smoked ganja or
took
bhang."
11. Purna
Chandra
Rishi; Hindu; Dealer
in leather;
Jessore;
42; No. 177.
Ganja
Mania
Indiffer-
ent.
The medical certificate shows that
he is "not rational in conversa-
tion, is dirty and neglectful of
himself, cries and is complaining
in nature, wanders about."
The Descriptive
Roll shows that he
was insane from "last
Asar"
(June); that there is no history
of heredity or epilepsy; that "he
was addicted to ganja-smoking
only;" that "the rumour is that
his cousin Mahadeo Muchi gave
him some intoxicating drugs to
eat to make him mad;" and that
he killed his aunt and
wounded
him mother "in a fit of anger."
"All that is known is that the
accused had been extremely suspi-
cious of his wife's fidelity before
he became insane, and that he
had suspected her to be carrying
on intrigue with his cousin Maha-
deo Muchi."
Admitted, 17th December 1892.
This is shown as a case of mania.
On 29th December 1892 it is noted:
"Since admission has been quiet
and orderly.
Is not irrational in
conversation or habits.
Has up
to present showed
no signs of
insanity.
He has never showed
signs of insanity, and was sent for
trial to Jessore on 21st July 1893.
He was re-admitted
under the
authority of letter No. 699-J.D.,
dated 19th October 1893, from
the Government
of Bengal, on
13th November 1893, and since
then has been perfectly sane.
On
18th February 1894 it is noted:
"Continues sane;
denies
that
he ever smoked ganja or
took
bhang."
NOTE.—The total number of admissions in 1892 was—
Criminal
Males
22
Criminal
Females
3
Non-criminal
Males
11
Non-criminal
Females
8
TOTAL
38
Of these, the above eleven cases were shown in Statement VII as due to hemp drugs, but of them only eight were shown in Statement VI as cases of toxic
insanity. The other three were shown as "mania."
20th
March
1894.
15